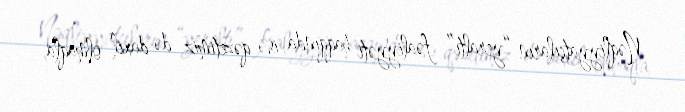
Nəqliyyatçıların “yeraltı” fəaliyyəti haqqında isə qəzetimiz də daxil olmaqla,